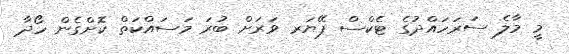
މީ މާލެ ސަރަހައްދުގެ ޓެކްސް ޕޭޔަރ ވަރަށް ބުރަ މަސައްކަތް ކޮށްގެން ހޯދާ